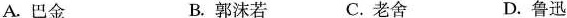
A.巴金 B.郭沫若 C.老舍 D.鲁迅